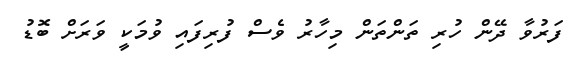
ފަރުވާ ދޭން ހުރި ތަންތަން މިހާރު ވެސް ފުރިފައި ވުމަކީ ވަރަށް ބޮޑު